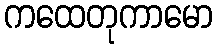
ကထေတုကာမော